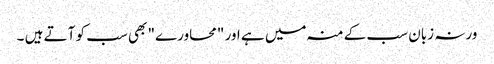
ورنہ زبان سب کے منہ میں ہے اور "محاورے" بھی سب کو آتے ہیں ۔